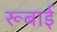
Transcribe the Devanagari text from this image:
रूबाई